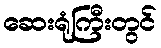
ဆေးရုံကြီးတွင်